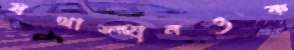
যথাস্হানওক